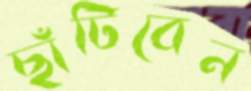
ছাঁটিবেন